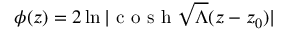
\phi ( z ) = 2 \ln | \textrm { c o s h } \sqrt { \Lambda } ( z - z _ { 0 } ) |